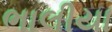
ભાલીયા